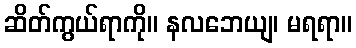
ဆိတ်ကွယ်ရာကို။ နလဘေယျ၊ မရရာ။